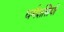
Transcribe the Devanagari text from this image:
धर्मशस्त्रियों